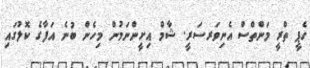
ހެޕީ ތްރީ މަންތްސް އެނިވަރސަރީ. ޝާމް އިށީންނަމުން މިހެން ބުނެ އަފާގެ ކޮލުގައި